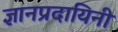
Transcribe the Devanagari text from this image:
ज्ञानप्रदायिनी